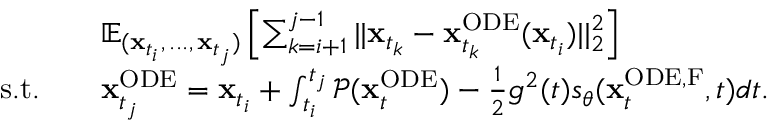
\begin{array} { r l } & { \mathbb { E } _ { ( \mathbf { x } _ { t _ { i } } , \, . . . , \, \mathbf { x } _ { t _ { j } } ) } \left[ \sum _ { k = i + 1 } ^ { j - 1 } | | \mathbf { x } _ { t _ { k } } - \mathbf { x } _ { t _ { k } } ^ { \mathrm { O D E } } ( \mathbf { x } _ { t _ { i } } ) | | _ { 2 } ^ { 2 } \right] } \\ { \mathrm { s . t . } \quad } & { \mathbf { x } _ { t _ { j } } ^ { \mathrm { O D E } } = \mathbf { x } _ { t _ { i } } + \int _ { t _ { i } } ^ { t _ { j } } \mathcal { P } ( \mathbf { x } _ { t } ^ { \mathrm { O D E } } ) - \frac { 1 } { 2 } g ^ { 2 } ( t ) s _ { \theta } ( \mathbf { x } _ { t } ^ { \mathrm { O D E , F } } , t ) d t . } \end{array}